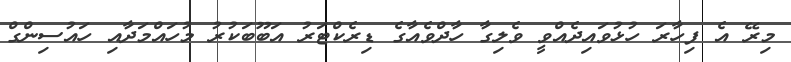
މިރޭ އެ ފިހާރަ ހުޅުވައިދެއްވީ ވެލިގާ ހާދްވެއާގެ ޑިރެކްޓަރު އަބޫބަކުރު މުހައްމަދާއި ހައުސިންގް